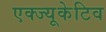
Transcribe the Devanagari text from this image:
एक्ज्यूकेटिव